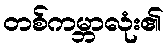
တစ်ကမ္ဘာလုံး၏